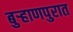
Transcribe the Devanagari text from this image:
बुर्‍हाणपुरात